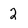
Character: 2